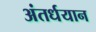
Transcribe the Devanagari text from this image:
अंतर्धयान